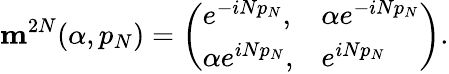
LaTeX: {\mathbf m}^{2N}(\alpha,p_{N})=\left(\begin{array}{ll}{{e^{-iNp_{N}},}}&{{\alpha e^{-iNp_{N}}}}\\ {{\alpha e^{iNp_{N}},}}&{{e^{iNp_{N}}}}\end{array}\right).